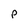
Character: P